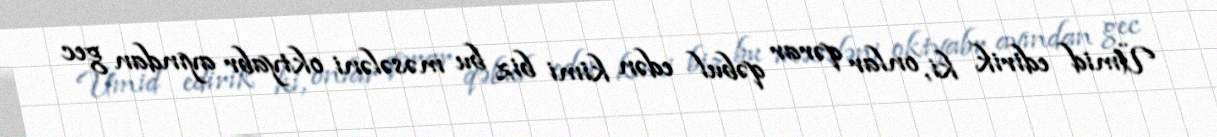
Ümid edirik ki, onlar qərar qəbul edən kimi biz bu məsələni oktyabr ayından gec